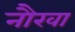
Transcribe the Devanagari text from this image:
नौखा